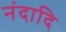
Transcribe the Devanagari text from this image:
नंदादि